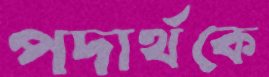
পদার্থকে